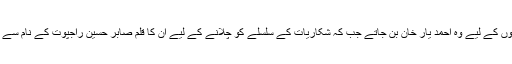
جاسوسی کہانیوں کے لیے وہ احمد یار خان بن جاتے جب کہ شکاریات کے سلسلے کو چلانے کے لیے ان کا قلم صابر حسین راجپوت کے نام سے کہانیاں تراشتا۔